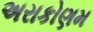
અરાકોણમ